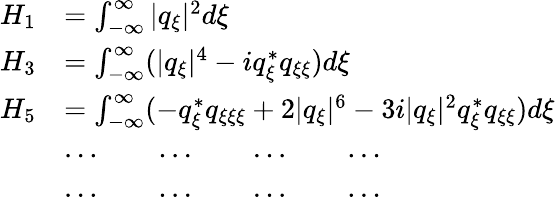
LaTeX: \begin{array}{rl}{H_{1}}&{=\int_{-\infty}^{\infty}|q_{\xi}|^{2}d\xi}\\ {H_{3}}&{=\int_{-\infty}^{\infty}(|q_{\xi}|^{4}-iq_{\xi}^{*}q_{\xi\xi})d\xi}\\ {H_{5}}&{=\int_{-\infty}^{\infty}(-q_{\xi}^{*}q_{\xi\xi\xi}+2|q_{\xi}|^{6}-3i|q_{\xi}|^{2}q_{\xi}^{*}q_{\xi\xi})d\xi}\\ &{\cdots\qquad\cdots\qquad\cdots\qquad\cdots}\\ &{\cdots\qquad\cdots\qquad\cdots\qquad\cdots}\end{array}